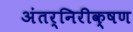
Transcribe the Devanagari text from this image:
अंतर्निरीक्षण